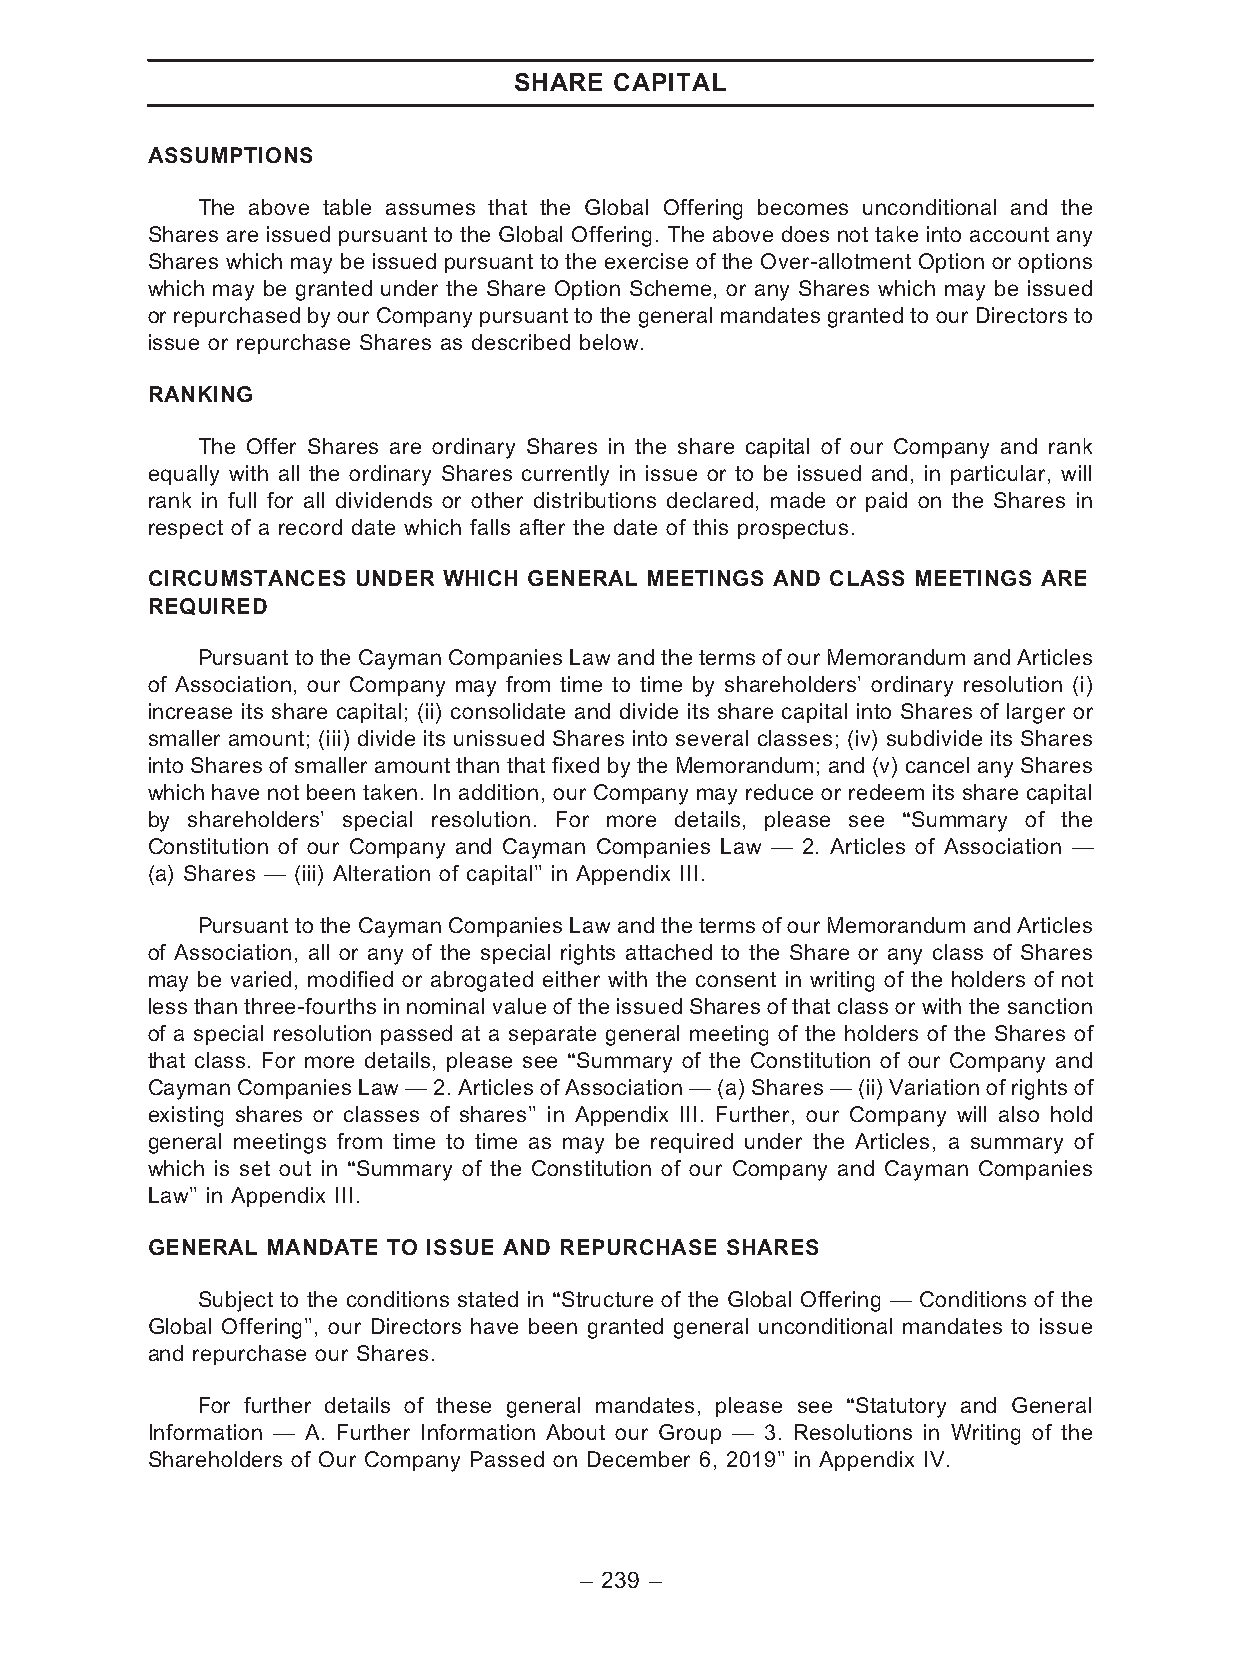
SHARE  CAPITAL
 ASSUMPTIONS
 The above table assumes that the Global Offering becomes unconditional and the
 Shares are issued pursuant to the Global Offering. The above does not take into account any
 Shares which may be issued pursuant to the exercise of the Over-allotment Option or options
 which may be granted under the Share Option Scheme, or any Shares which may be issued
 or repurchased by our Company pursuant to the general mandates granted to our Directors to
 issue or repurchase Shares as described below.
 RANKING
 The Offer Shares are ordinary Shares in the share capital of our Company and rank
 equally with all the ordinary Shares currently in issue or to be issued and, in particular, will
 rank in full for all dividends or other distributions declared, made or paid on the Shares in
 respect of a record date which falls after the date of this prospectus.
 CIRCUMSTANCES UNDER WHICH GENERAL MEETINGS AND CLASS MEETINGS ARE
 REQUIRED
 Pursuant to the Cayman Companies Law and the terms of our Memorandum and Articles
 of Association, our Company may from time to time by shareholders’ ordinary resolution (i)
 increase its share capital; (ii) consolidate and divide its share capital into Shares of larger or
 smaller amount; (iii) divide its unissued Shares into several classes; (iv) subdivide its Shares
 into Shares of smaller amount than that fixed by the Memorandum; and (v) cancel any Shares
 which have not been taken. In addition, our Company may reduce or redeem its share capital
 by shareholders’ special resolution. For more details, please see ‘‘Summary of the
 Constitution of our Company and Cayman Companies Law — 2. Articles of Association —
 (a) Shares — (iii) Alteration of capital’’ in Appendix III.
 Pursuant to the Cayman Companies Law and the terms of our Memorandum and Articles
 of Association, all or any of the special rights attached to the Share or any class of Shares
 may be varied, modified or abrogated either with the consent in writing of the holders of not
 less than three-fourths in nominal value of the issued Shares of that class or with the sanction
 of a special resolution passed at a separate general meeting of the holders of the Shares of
 that class. For more details, please see ‘‘Summary of the Constitution of our Company and
 CaymanCompaniesLaw—2.ArticlesofAssociation—(a)Shares—(ii)Variationofrightsof
 existing shares or classes of shares’’ in Appendix III. Further, our Company will also hold
 general meetings from time to time as may be required under the Articles, a summary of
 which is set out in ‘‘Summary of the Constitution of our Company and Cayman Companies
 Law’’ in Appendix III.
 GENERAL MANDATE TO ISSUE AND REPURCHASE SHARES
 Subject to the conditions stated in ‘‘Structure of the Global Offering — Conditions of the
 Global Offering’’, our Directors have been granted general unconditional mandates to issue
 and repurchase our Shares.
 For further details of these general mandates, please see ‘‘Statutory and General
 Information — A. Further Information About our Group — 3. Resolutions in Writing of the
 Shareholders of Our Company Passed on December 6, 2019’’ in Appendix IV.
 – 239 –